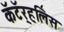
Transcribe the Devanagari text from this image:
कॅटॅर्‍हलिस